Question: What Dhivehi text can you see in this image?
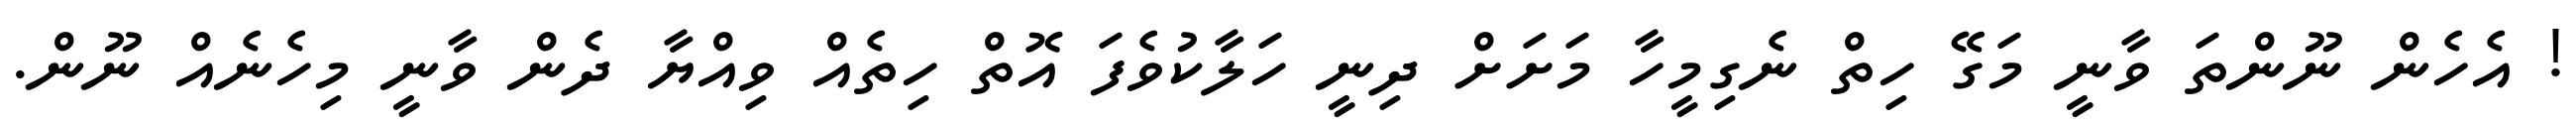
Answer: ! އެހެން ނޫންތަ ވާނީ މަގޭ ހިތް ނެގިމީހާ މަށަށް ދިނީ ހަލާކުވެފަ އޮތް ހިތެއް ވިއްޔާ ދެން ވާނީ މިހެނެއް ނޫން.